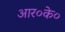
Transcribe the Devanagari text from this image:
आर०के०